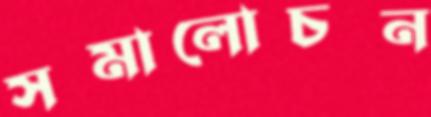
সমালোচন